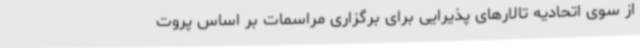
از سوی اتحادیه تالارهای پذیرایی برای برگزاری مراسمات بر اساس پروت